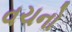
વચનો